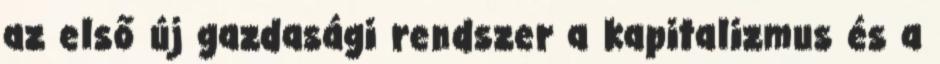
az első új gazdasági rendszer a kapitalizmus és a